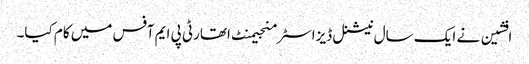
افشین نے ایک سال نیشنل ڈیزاسٹر منجیمنٹ اتھارٹی پی ایم آفس میں کام کیا۔